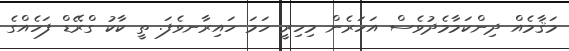
މަޤާމެއް ދިންކަމާމެދުވެސް އަހަރެން މިހިރީ ހަމަ ހައިރާނވެފަ. ތީ ކާކު ގްރޭޑް ފަހެއްގެ